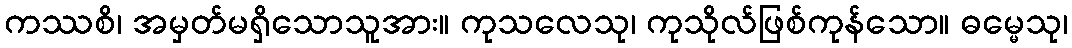
ကဿစိ၊ အမှတ်မရှိသောသူအား။ ကုသလေသု၊ ကုသိုလ်ဖြစ်ကုန်သော။ ဓမ္မေသု၊